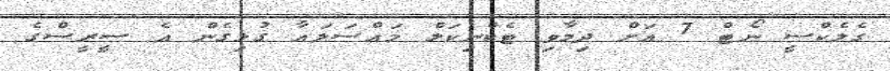
ގެލެކްސީ ނޯޓް 7 އަށް ދިމާވި ޓެކްނިކަލް މައްސަލައާ ގުޅިގެން އެ ސީރީސްގެ